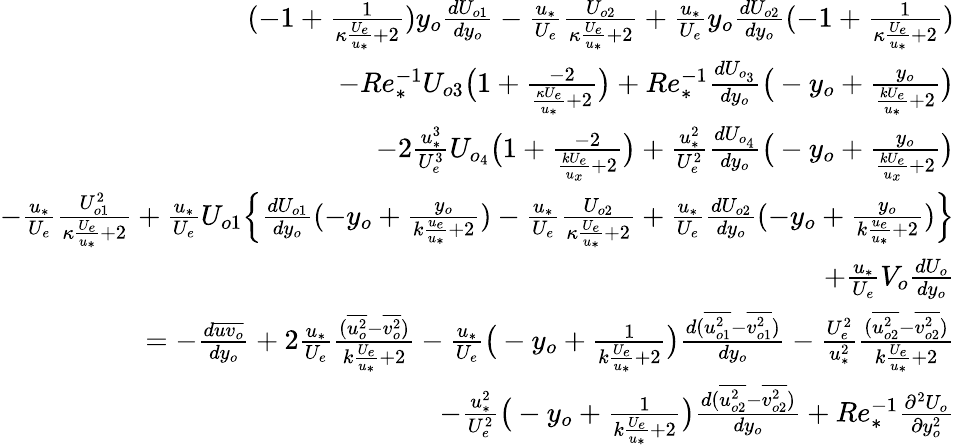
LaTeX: \begin{array}{r}{(-1+\frac{1}{\kappa\frac{U_{e}}{u_{*}}+2})y_{o}\frac{dU_{o1}}{dy_{o}}-\frac{u_{*}}{U_{e}}\frac{U_{o2}}{\kappa\frac{U_{e}}{u_{*}}+2}+\frac{u_{*}}{U_{e}}y_{o}\frac{dU_{o2}}{dy_{o}}(-1+\frac{1}{\kappa\frac{U_{e}}{u_{*}}+2})}\\ {-Re_{*}^{-1}U_{o3}\big(1+\frac{-2}{\frac{\kappa U_{e}}{u_{*}}+2}\big)+Re_{*}^{-1}\frac{dU_{o_{3}}}{dy_{o}}\big(-y_{o}+\frac{y_{o}}{\frac{kU_{e}}{u_{*}}+2}\big)}\\ {-2\frac{u_{*}^{3}}{U_{e}^{3}}U_{o_{4}}\big(1+\frac{-2}{\frac{kU_{e}}{u_{x}}+2}\big)+\frac{u_{*}^{2}}{U_{e}^{2}}\frac{dU_{o_{4}}}{dy_{o}}\big(-y_{o}+\frac{y_{o}}{\frac{kU_{e}}{u_{x}}+2}\big)}\\ {-\frac{u_{*}}{U_{e}}\frac{U_{o1}^{2}}{\kappa\frac{U_{e}}{u_{*}}+2}+\frac{u_{*}}{U_{e}}U_{o1}\Big\{ \frac{dU_{o1}}{dy_{o}}(-y_{o}+\frac{y_{o}}{k\frac{u_{e}}{u_{*}}+2})-\frac{u_{*}}{U_{e}}\frac{U_{o2}}{\kappa\frac{U_{e}}{u_{*}}+2}+\frac{u_{*}}{U_{e}}\frac{dU_{o2}}{dy_{o}}(-y_{o}+\frac{y_{o}}{k\frac{u_{e}}{u_{*}}+2})\Big\} }\\ {+\frac{u_{*}}{U_{e}}V_{o}\frac{dU_{o}}{dy_{o}}}\\ {=-\frac{d\overline{{uv_{o}}}}{dy_{o}}+2\frac{u_{*}}{U_{e}}\frac{(\overline{{u_{o}^{2}}}-\overline{{v_{o}^{2}}})}{k\frac{U_{e}}{u_{*}}+2}-\frac{u_{*}}{U_{e}}\big(-y_{o}+\frac{1}{k\frac{U_{e}}{u_{*}}+2}\big)\frac{d(\overline{{u_{o1}^{2}}}-\overline{{v_{o1}^{2}}})}{dy_{o}}-\frac{U_{e}^{2}}{u_{*}^{2}}\frac{(\overline{{u_{o2}^{2}}}-\overline{{v_{o2}^{2}}})}{k\frac{U_{e}}{u_{*}}+2}}\\ {-\frac{u_{*}^{2}}{U_{e}^{2}}\big(-y_{o}+\frac{1}{k\frac{U_{e}}{u_{*}}+2}\big)\frac{d(\overline{{u_{o2}^{2}}}-\overline{{v_{o2}^{2}}})}{dy_{o}}+Re_{*}^{-1}\frac{\partial^{2}U_{o}}{\partial y_{o}^{2}}}\end{array}